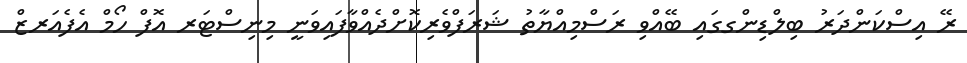
ރޭ އިސްކަންދަރު ބިލްޑިންގގައި ބޭއްވި ރަސްމިއްޔާތު ޝަރަފްވެރިކޮށްދެއްވާފައިވަނީ މިނިސްޓަރ އޮފް ހޯމް އެފެއަރޒް